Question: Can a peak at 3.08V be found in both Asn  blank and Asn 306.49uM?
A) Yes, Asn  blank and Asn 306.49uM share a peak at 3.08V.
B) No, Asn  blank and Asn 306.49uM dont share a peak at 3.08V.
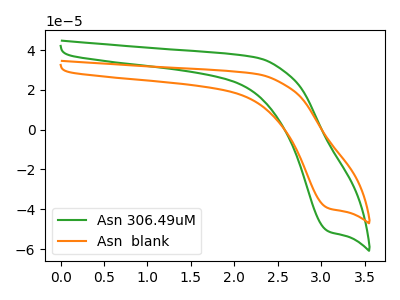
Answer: <think>The green curve "Asn 306.49uM" has a cathodic peak at: (3.10V, -51.00uA). The orange curve "Asn  blank" has a cathodic peak at: (3.10V, -39.40uA).</think>
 <answer>A) Yes, "Asn  blank" and "Asn 306.49uM" share a peak at 3.08V.</answer>
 <eval>A</eval>